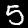
Label: 5